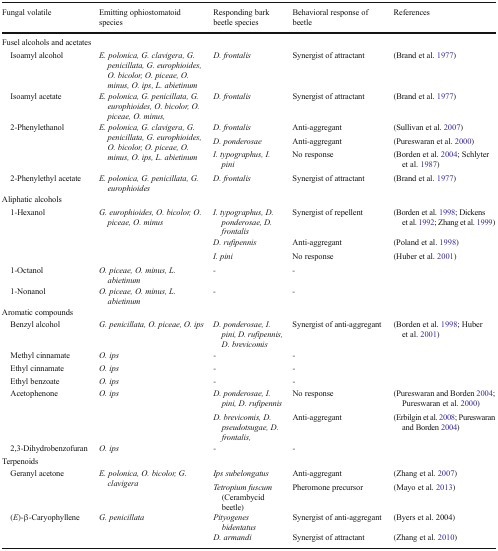
<table><thead><tr><td><b>Fungal volatile</b></td><td><b>Emitting ophiostomatoid species</b></td><td><b>Responding bark beetle species</b></td><td><b>Behavioral response of beetle</b></td><td><b>References</b></td></tr></thead><tbody><tr><td colspan="5">Fusel alcohols and acetates</td></tr><tr><td> Isoamyl alcohol</td><td><i>E. polonica, G. clavigera, G. penicillata, G. europhioides, O. bicolor, O. piceae, O. minus, O. ips, L. abietinum</i></td><td><i>D. frontalis</i></td><td>Synergist of attractant</td><td>(Brand et al. 1977)</td></tr><tr><td> Isoamyl acetate</td><td><i>E. polonica, G. penicillata, G. europhioides, O. bicolor, O. piceae, O. minus,</i></td><td><i>D. frontalis</i></td><td>Synergist of attractant</td><td>(Brand et al. 1977)</td></tr><tr><td rowspan="3"> 2-Phenylethanol</td><td rowspan="3"><i>E. polonica, G. clavigera, G. penicillata, G. europhioides, O. bicolor, O. piceae, O. minus, O. ips, L. abietinum</i></td><td><i>D. frontalis</i></td><td>Anti-aggregant</td><td>(Sullivan et al. 2007)</td></tr><tr><td><i>D. ponderosae</i></td><td>Anti-aggregant</td><td>(Pureswaran et al. 2000)</td></tr><tr><td><i>I. typographus, I. pini</i></td><td>No response</td><td>(Borden et al. 2004; Schlyter et al. 1987)</td></tr><tr><td> 2-Phenylethyl acetate</td><td><i>E. polonica, G. penicillata, G. europhioides</i></td><td><i>D. frontalis</i></td><td>Synergist of attractant</td><td>(Brand et al. 1977)</td></tr><tr><td colspan="5">Aliphatic alcohols</td></tr><tr><td rowspan="3"> 1-Hexanol</td><td rowspan="3"><i>G. europhioides, O. bicolor, O. piceae, O. minus</i></td><td><i>I. typographus, D. ponderosae, D. frontalis</i></td><td>Synergist of repellent</td><td>(Borden et al. 1998; Dickens et al. 1992; Zhang et al. 1999)</td></tr><tr><td><i>D. rufipennis</i></td><td>Anti-aggregant</td><td>(Poland et al. 1998)</td></tr><tr><td><i>I. pini</i></td><td>No response</td><td>(Huber et al. 2001)</td></tr><tr><td> 1-Octanol</td><td><i>O. piceae, O. minus, L. abietinum</i></td><td>-</td><td>-</td><td></td></tr><tr><td> 1-Nonanol</td><td><i>O. piceae, O. minus, L. abietinum</i></td><td>-</td><td>-</td><td></td></tr><tr><td colspan="5">Aromatic compounds</td></tr><tr><td> Benzyl alcohol</td><td><i>G. penicillata, O. piceae, O. ips</i></td><td><i>D. ponderosae, I. pini, D. rufipennis, D. brevicomis</i></td><td>Synergist of anti-aggregant</td><td>(Borden et al. 1998; Huber et al. 2001)</td></tr><tr><td> Methyl cinnamate</td><td><i>O. ips</i></td><td>-</td><td>-</td><td></td></tr><tr><td> Ethyl cinnamate</td><td><i>O. ips</i></td><td>-</td><td>-</td><td></td></tr><tr><td> Ethyl benzoate</td><td><i>O. ips</i></td><td>-</td><td>-</td><td></td></tr><tr><td rowspan="2"> Acetophenone</td><td rowspan="2"><i>O. ips</i></td><td><i>D. ponderosae, I. pini, D. rufipennis</i></td><td>No response</td><td>(Pureswaran and Borden 2004; Pureswaran et al. 2000)</td></tr><tr><td><i>D. brevicomis, D. pseudotsugae, D. frontalis,</i></td><td>Anti-aggregant</td><td>(Erbilgin et al. 2008; Pureswaran and Borden 2004)</td></tr><tr><td> 2,3-Dihydrobenzofuran</td><td><i>O. ips</i></td><td>-</td><td>-</td><td></td></tr><tr><td colspan="5">Terpenoids</td></tr><tr><td rowspan="2"> Geranyl acetone</td><td rowspan="2"><i>E. polonica, O. bicolor, G. clavigera</i></td><td><i>Ips subelongatus</i></td><td>Anti-aggregant</td><td>(Zhang et al. 2007)</td></tr><tr><td><i>Tetropium fuscum</i> (Cerambycid beetle)</td><td>Pheromone precursor</td><td>(Mayo et al. 2013)</td></tr><tr><td rowspan="2"> (<i>E</i>)-β-Caryophyllene</td><td rowspan="2"><i>G. penicillata</i></td><td><i>Pityogenes bidentatus</i></td><td>Synergist of anti-aggregant</td><td>(Byers et al. 2004)</td></tr><tr><td><i>D. armandi</i></td><td>Synergist of attractant</td><td>(Zhang et al. 2010)</td></tr></tbody></table>